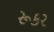
રૂકર